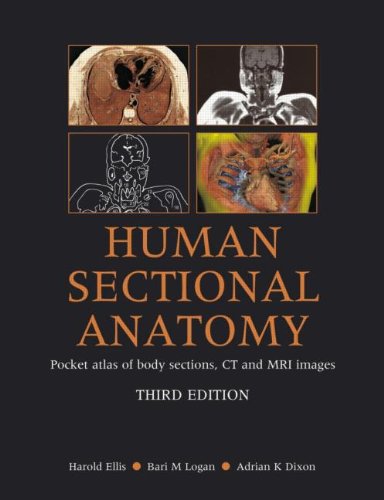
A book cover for Human Sectional Anatomy: Pocket Atlas of Body Sections, CT and MRI Images, Third Edition; Harold Ellis; Arts & Photography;